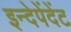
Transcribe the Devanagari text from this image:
इन्देपेंदेंट